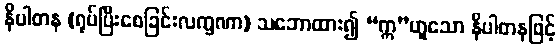
နိပါတန (ရုပ်ပြီးစေခြင်းလက္ခဏာ) သဘောထား၍ “ဣ”ဟူသော နိပါတနဖြင့်